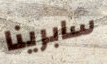
سابرينا